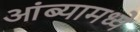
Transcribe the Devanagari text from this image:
आंब्यामध्ये